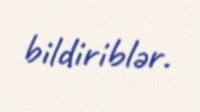
bildiriblər.